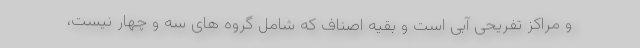
و مراکز تفریحی آبی است و بقیه اصناف که شامل گروه های سه و چهار نیست،